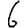
Digit: 6